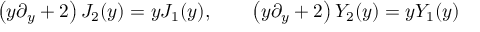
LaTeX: \left( y \partial _ { y } + 2 \right) J _ { 2 } ( y ) = y J _ { 1 } ( y ) , \qquad \left( y \partial _ { y } + 2 \right) Y _ { 2 } ( y ) = y Y _ { 1 } ( y )